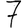
Digit: 7